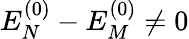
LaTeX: E_{N}^{(0)}-E_{M}^{(0)}\neq 0